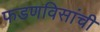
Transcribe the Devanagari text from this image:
फडणविसांची